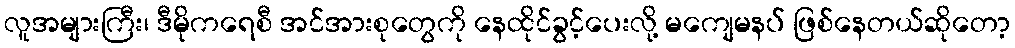
လူအများကြီး၊ ဒီမိုကရေစီ အင်အားစုတွေကို နေထိုင်ခွင့်ပေးလို့ မကျေမနပ် ဖြစ်နေတယ်ဆိုတော့